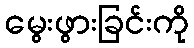
မွေးဖွားခြင်းကို